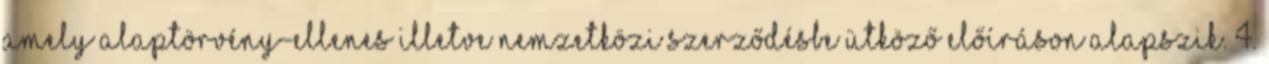
amely alaptörvény-ellenes illetve nemzetközi szerződésbe ütköző előíráson alapszik. 4.